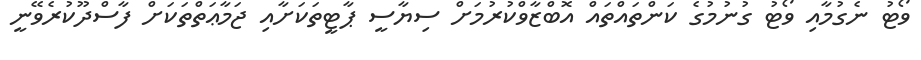
ވޯޓު ނެގުމާއި ވޯޓު ގުނުމުގެ ކަންތައްތައް އޮބްޒާވްކުރުމަށް ސިޔާސީ ޕާޓީތަކަށާއި ޖަމާޢަތްތަކަށް ފާސްދޫކުރެވޭނީ